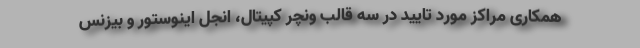
همکاری مراکز مورد تایید در سه قالب ونچر کپیتال، انجل اینوستور و بیزنس